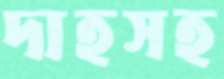
দাহসহ